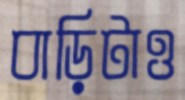
বাড়িটাও